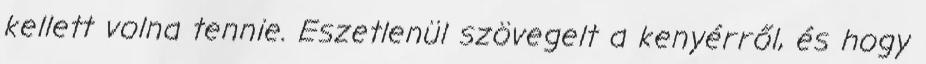
kellett volna tennie. Eszetlenül szövegelt a kenyérről, és hogy